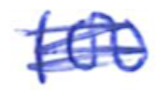
Text: 100
Cross-out: scratch
Writing tool: ballpoint